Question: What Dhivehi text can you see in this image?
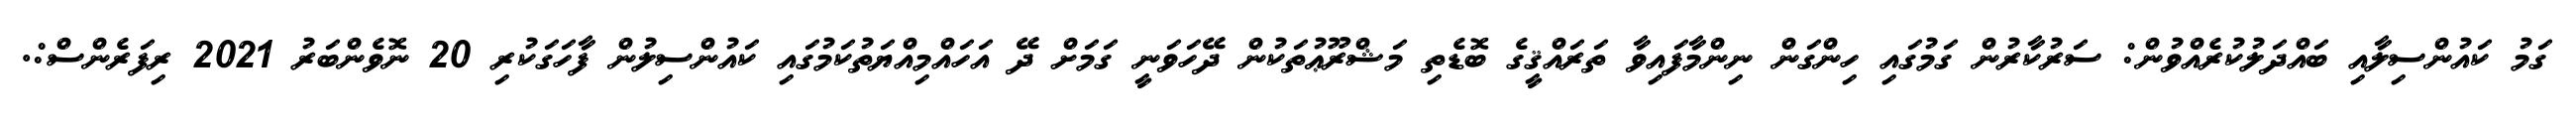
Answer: ގަމު ކައުންސިލާއި ބައްދަލުކުރެއްވުން: ސަރުކާރުން ގަމުގައި ހިންގަން ނިންމާފައިވާ ތަރައްޤީގެ ބޮޑެތި މަޝްރޫޢުތަކުން ދޭހަވަނީ ގަމަށް ދޭ އަހައްމިއްޔަތުކަމުގައި ކައުންސިލުން ފާހަގަކުރި 20 ނޮވެންބަރު 2021 ރިފަރެންސް:.